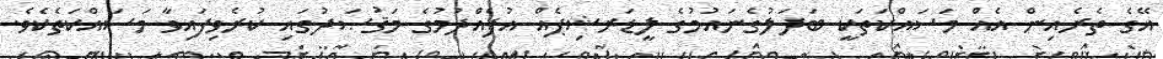
އޭގެ ތެރެއިން އެއް މަސައްކަތަކީ ބަދަލުގެނައުމުގެ ލީޑަރޝިޕެއް އުފެއްދުމުގެ މަޤުޞަދުގައި ކުރެވިފައިވާ މަސައްކަތެކެވެ.